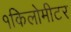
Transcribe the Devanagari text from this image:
१किलोमीटर